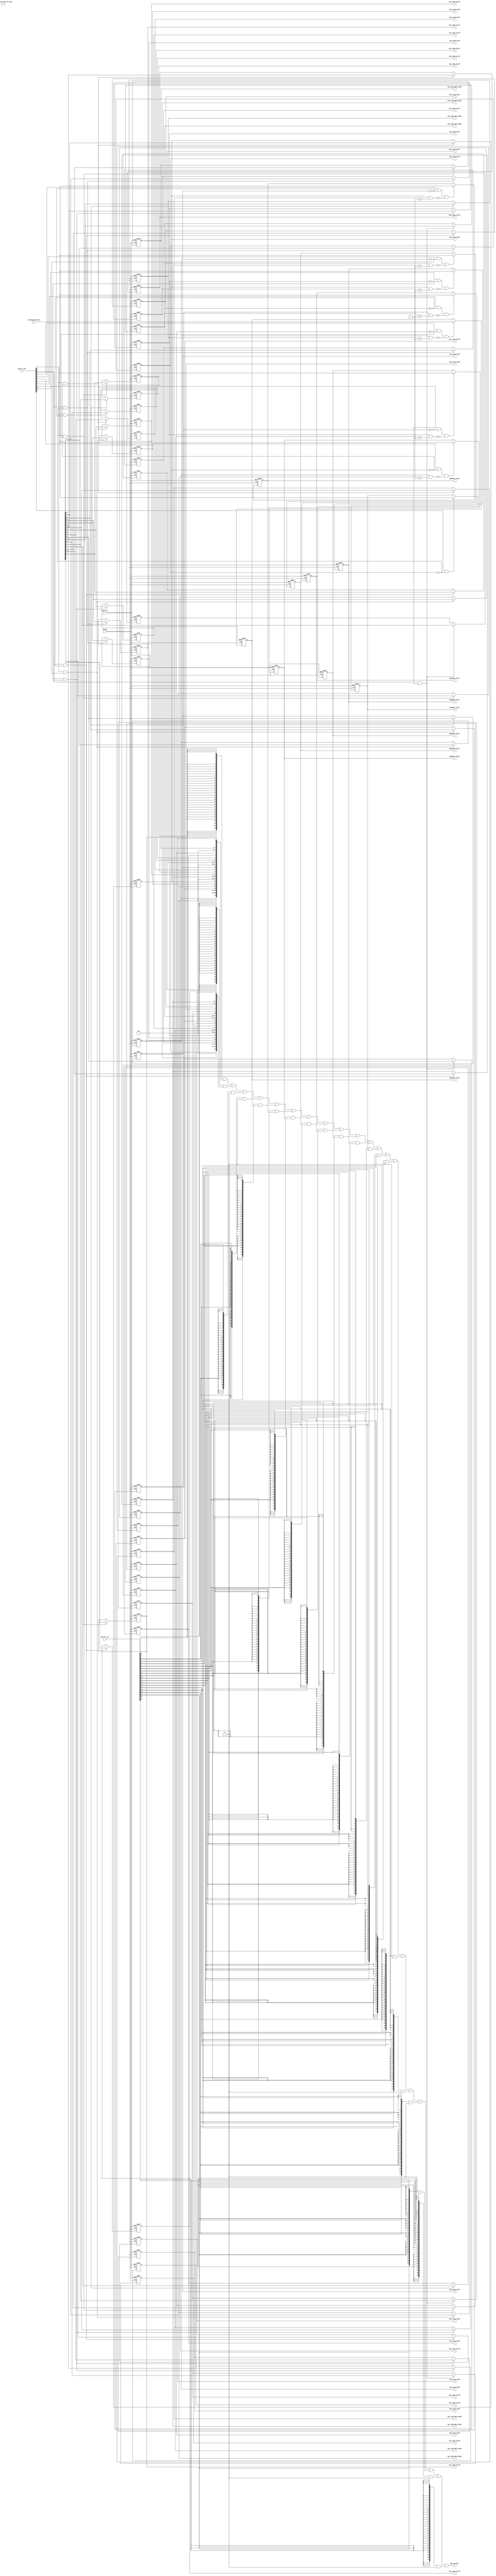
/*Copyright 2018-2021 T-Head Semiconductor Co., Ltd.

Licensed under the Apache License, Version 2.0 (the "License");
you may not use this file except in compliance with the License.
You may obtain a copy of the License at

    http://www.apache.org/licenses/LICENSE-2.0

Unless required by applicable law or agreed to in writing, software
distributed under the License is distributed on an "AS IS" BASIS,
WITHOUT WARRANTIES OR CONDITIONS OF ANY KIND, either express or implied.
See the License for the specific language governing permissions and
limitations under the License.
*/
module cr_pmp_regs(
  cp0_pmp_updt_data,
  cp0_yy_secu_mode_aft_dbg,
  cpuclk,
  cpurst_b,
  pmp_cp0_data,
  pmp_csr_sel,
  pmp_csr_wen,
  pmpaddr0_value,
  pmpaddr1_value,
  pmpaddr2_value,
  pmpaddr3_value,
  pmpaddr4_value,
  pmpaddr5_value,
  pmpaddr6_value,
  pmpaddr7_value,
  regs_comp_addr_mode0,
  regs_comp_addr_mode1,
  regs_comp_addr_mode2,
  regs_comp_addr_mode3,
  regs_comp_addr_mode4,
  regs_comp_addr_mode5,
  regs_comp_addr_mode6,
  regs_comp_addr_mode7,
  regs_comp_excut0,
  regs_comp_excut1,
  regs_comp_excut2,
  regs_comp_excut3,
  regs_comp_excut4,
  regs_comp_excut5,
  regs_comp_excut6,
  regs_comp_excut7,
  regs_comp_lock0,
  regs_comp_lock1,
  regs_comp_lock2,
  regs_comp_lock3,
  regs_comp_lock4,
  regs_comp_lock5,
  regs_comp_lock6,
  regs_comp_lock7,
  regs_comp_read0,
  regs_comp_read1,
  regs_comp_read2,
  regs_comp_read3,
  regs_comp_read4,
  regs_comp_read5,
  regs_comp_read6,
  regs_comp_read7,
  regs_comp_write0,
  regs_comp_write1,
  regs_comp_write2,
  regs_comp_write3,
  regs_comp_write4,
  regs_comp_write5,
  regs_comp_write6,
  regs_comp_write7
);

// &Ports; @24
input   [31:0]  cp0_pmp_updt_data;       
input           cp0_yy_secu_mode_aft_dbg; 
input           cpuclk;                  
input           cpurst_b;                
input   [19:0]  pmp_csr_sel;             
input   [19:0]  pmp_csr_wen;             
output  [31:0]  pmp_cp0_data;            
output  [31:0]  pmpaddr0_value;          
output  [31:0]  pmpaddr1_value;          
output  [31:0]  pmpaddr2_value;          
output  [31:0]  pmpaddr3_value;          
output  [31:0]  pmpaddr4_value;          
output  [31:0]  pmpaddr5_value;          
output  [31:0]  pmpaddr6_value;          
output  [31:0]  pmpaddr7_value;          
output  [1 :0]  regs_comp_addr_mode0;    
output  [1 :0]  regs_comp_addr_mode1;    
output  [1 :0]  regs_comp_addr_mode2;    
output  [1 :0]  regs_comp_addr_mode3;    
output  [1 :0]  regs_comp_addr_mode4;    
output  [1 :0]  regs_comp_addr_mode5;    
output  [1 :0]  regs_comp_addr_mode6;    
output  [1 :0]  regs_comp_addr_mode7;    
output          regs_comp_excut0;        
output          regs_comp_excut1;        
output          regs_comp_excut2;        
output          regs_comp_excut3;        
output          regs_comp_excut4;        
output          regs_comp_excut5;        
output          regs_comp_excut6;        
output          regs_comp_excut7;        
output          regs_comp_lock0;         
output          regs_comp_lock1;         
output          regs_comp_lock2;         
output          regs_comp_lock3;         
output          regs_comp_lock4;         
output          regs_comp_lock5;         
output          regs_comp_lock6;         
output          regs_comp_lock7;         
output          regs_comp_read0;         
output          regs_comp_read1;         
output          regs_comp_read2;         
output          regs_comp_read3;         
output          regs_comp_read4;         
output          regs_comp_read5;         
output          regs_comp_read6;         
output          regs_comp_read7;         
output          regs_comp_write0;        
output          regs_comp_write1;        
output          regs_comp_write2;        
output          regs_comp_write3;        
output          regs_comp_write4;        
output          regs_comp_write5;        
output          regs_comp_write6;        
output          regs_comp_write7;        

// &Regs; @25
reg     [1 :0]  pmp0cfg_addr_mode;       
reg             pmp0cfg_executeable;     
reg             pmp0cfg_lock;            
reg             pmp0cfg_readable;        
reg             pmp0cfg_writable;        
reg     [1 :0]  pmp1cfg_addr_mode;       
reg             pmp1cfg_executeable;     
reg             pmp1cfg_lock;            
reg             pmp1cfg_readable;        
reg             pmp1cfg_writable;        
reg     [1 :0]  pmp2cfg_addr_mode;       
reg             pmp2cfg_executeable;     
reg             pmp2cfg_lock;            
reg             pmp2cfg_readable;        
reg             pmp2cfg_writable;        
reg     [1 :0]  pmp3cfg_addr_mode;       
reg             pmp3cfg_executeable;     
reg             pmp3cfg_lock;            
reg             pmp3cfg_readable;        
reg             pmp3cfg_writable;        
reg     [1 :0]  pmp4cfg_addr_mode;       
reg             pmp4cfg_executeable;     
reg             pmp4cfg_lock;            
reg             pmp4cfg_readable;        
reg             pmp4cfg_writable;        
reg     [1 :0]  pmp5cfg_addr_mode;       
reg             pmp5cfg_executeable;     
reg             pmp5cfg_lock;            
reg             pmp5cfg_readable;        
reg             pmp5cfg_writable;        
reg     [1 :0]  pmp6cfg_addr_mode;       
reg             pmp6cfg_executeable;     
reg             pmp6cfg_lock;            
reg             pmp6cfg_readable;        
reg             pmp6cfg_writable;        
reg     [1 :0]  pmp7cfg_addr_mode;       
reg             pmp7cfg_executeable;     
reg             pmp7cfg_lock;            
reg             pmp7cfg_readable;        
reg             pmp7cfg_writable;        
reg     [31:0]  pmpaddr0_value;          
reg     [31:0]  pmpaddr1_value;          
reg     [31:0]  pmpaddr2_value;          
reg     [31:0]  pmpaddr3_value;          
reg     [31:0]  pmpaddr4_value;          
reg     [31:0]  pmpaddr5_value;          
reg     [31:0]  pmpaddr6_value;          
reg     [31:0]  pmpaddr7_value;          

// &Wires; @26
wire    [31:0]  cp0_pmp_updt_data;       
wire            cp0_yy_secu_mode_aft_dbg; 
wire            cpuclk;                  
wire            cpurst_b;                
wire    [31:0]  pmp_cp0_data;            
wire    [19:0]  pmp_csr_sel;             
wire    [19:0]  pmp_csr_wen;             
wire            pmp_updt_pmp0cfg;        
wire            pmp_updt_pmp1cfg;        
wire            pmp_updt_pmp2cfg;        
wire            pmp_updt_pmp3cfg;        
wire            pmp_updt_pmp4cfg;        
wire            pmp_updt_pmp5cfg;        
wire            pmp_updt_pmp6cfg;        
wire            pmp_updt_pmp7cfg;        
wire            pmp_updt_pmpaddr0;       
wire            pmp_updt_pmpaddr1;       
wire            pmp_updt_pmpaddr2;       
wire            pmp_updt_pmpaddr3;       
wire            pmp_updt_pmpaddr4;       
wire            pmp_updt_pmpaddr5;       
wire            pmp_updt_pmpaddr6;       
wire            pmp_updt_pmpaddr7;       
wire    [31:0]  pmpaddr10_value;         
wire    [31:0]  pmpaddr11_value;         
wire    [31:0]  pmpaddr12_value;         
wire    [31:0]  pmpaddr13_value;         
wire    [31:0]  pmpaddr14_value;         
wire    [31:0]  pmpaddr15_value;         
wire    [31:0]  pmpaddr8_value;          
wire    [31:0]  pmpaddr9_value;          
wire    [31:0]  pmpcfg0_value;           
wire    [31:0]  pmpcfg1_value;           
wire    [31:0]  pmpcfg2_value;           
wire    [31:0]  pmpcfg3_value;           
wire            pmpteecfg_s0;            
wire            pmpteecfg_s1;            
wire            pmpteecfg_s2;            
wire            pmpteecfg_s3;            
wire            pmpteecfg_s4;            
wire            pmpteecfg_s5;            
wire            pmpteecfg_s6;            
wire            pmpteecfg_s7;            
wire    [1 :0]  regs_comp_addr_mode0;    
wire    [1 :0]  regs_comp_addr_mode1;    
wire    [1 :0]  regs_comp_addr_mode2;    
wire    [1 :0]  regs_comp_addr_mode3;    
wire    [1 :0]  regs_comp_addr_mode4;    
wire    [1 :0]  regs_comp_addr_mode5;    
wire    [1 :0]  regs_comp_addr_mode6;    
wire    [1 :0]  regs_comp_addr_mode7;    
wire            regs_comp_excut0;        
wire            regs_comp_excut1;        
wire            regs_comp_excut2;        
wire            regs_comp_excut3;        
wire            regs_comp_excut4;        
wire            regs_comp_excut5;        
wire            regs_comp_excut6;        
wire            regs_comp_excut7;        
wire            regs_comp_lock0;         
wire            regs_comp_lock1;         
wire            regs_comp_lock2;         
wire            regs_comp_lock3;         
wire            regs_comp_lock4;         
wire            regs_comp_lock5;         
wire            regs_comp_lock6;         
wire            regs_comp_lock7;         
wire            regs_comp_read0;         
wire            regs_comp_read1;         
wire            regs_comp_read2;         
wire            regs_comp_read3;         
wire            regs_comp_read4;         
wire            regs_comp_read5;         
wire            regs_comp_read6;         
wire            regs_comp_read7;         
wire            regs_comp_write0;        
wire            regs_comp_write1;        
wire            regs_comp_write2;        
wire            regs_comp_write3;        
wire            regs_comp_write4;        
wire            regs_comp_write5;        
wire            regs_comp_write6;        
wire            regs_comp_write7;        


// &Force("bus","pmp_csr_wen",20,0); @29
// &Force("bus","pmp_csr_wen",19,0); @31

assign regs_comp_read0           = pmp0cfg_readable;
assign regs_comp_write0          = pmp0cfg_writable;
assign regs_comp_excut0          = pmp0cfg_executeable;
assign regs_comp_addr_mode0[1:0] = pmp0cfg_addr_mode[1:0];
assign regs_comp_lock0           = pmp0cfg_lock;

assign regs_comp_read1           = pmp1cfg_readable;
assign regs_comp_write1          = pmp1cfg_writable;
assign regs_comp_excut1          = pmp1cfg_executeable;
assign regs_comp_addr_mode1[1:0] = pmp1cfg_addr_mode[1:0];
assign regs_comp_lock1           = pmp1cfg_lock;

assign regs_comp_read2           = pmp2cfg_readable;
assign regs_comp_write2          = pmp2cfg_writable;
assign regs_comp_excut2          = pmp2cfg_executeable;
assign regs_comp_addr_mode2[1:0] = pmp2cfg_addr_mode[1:0];
assign regs_comp_lock2           = pmp2cfg_lock;

assign regs_comp_read3           = pmp3cfg_readable;
assign regs_comp_write3          = pmp3cfg_writable;
assign regs_comp_excut3          = pmp3cfg_executeable;
assign regs_comp_addr_mode3[1:0] = pmp3cfg_addr_mode[1:0];
assign regs_comp_lock3           = pmp3cfg_lock;

assign regs_comp_read4           = pmp4cfg_readable;
assign regs_comp_write4          = pmp4cfg_writable;
assign regs_comp_excut4          = pmp4cfg_executeable;
assign regs_comp_addr_mode4[1:0] = pmp4cfg_addr_mode[1:0];
assign regs_comp_lock4           = pmp4cfg_lock;

assign regs_comp_read5           = pmp5cfg_readable;
assign regs_comp_write5          = pmp5cfg_writable;
assign regs_comp_excut5          = pmp5cfg_executeable;
assign regs_comp_addr_mode5[1:0] = pmp5cfg_addr_mode[1:0];
assign regs_comp_lock5           = pmp5cfg_lock;

assign regs_comp_read6           = pmp6cfg_readable;
assign regs_comp_write6          = pmp6cfg_writable;
assign regs_comp_excut6          = pmp6cfg_executeable;
assign regs_comp_addr_mode6[1:0] = pmp6cfg_addr_mode[1:0];
assign regs_comp_lock6           = pmp6cfg_lock;

assign regs_comp_read7           = pmp7cfg_readable;
assign regs_comp_write7          = pmp7cfg_writable;
assign regs_comp_excut7          = pmp7cfg_executeable;
assign regs_comp_addr_mode7[1:0] = pmp7cfg_addr_mode[1:0];
assign regs_comp_lock7           = pmp7cfg_lock;









//==========================================================
//                PMP Entry Configuration Register
//==========================================================
//------------------------------------------------
//pmpcfg0 register
//------------------------------------------------
assign pmp_updt_pmp0cfg = pmp_csr_wen[0] && !pmp0cfg_lock;
always @(posedge cpuclk or negedge cpurst_b)
begin
  if(!cpurst_b)
  begin
    pmp0cfg_readable       <= 1'b0;
    pmp0cfg_writable       <= 1'b0;
    pmp0cfg_executeable    <= 1'b0;
    pmp0cfg_addr_mode[1:0] <= 2'b0;
    pmp0cfg_lock           <= 1'b0;
  end
  else if(pmp_updt_pmp0cfg && (!pmpteecfg_s0 || cp0_yy_secu_mode_aft_dbg))
  begin
    pmp0cfg_readable        <= cp0_pmp_updt_data[0];
    pmp0cfg_writable        <= cp0_pmp_updt_data[1];
    pmp0cfg_executeable     <= cp0_pmp_updt_data[2];
    pmp0cfg_addr_mode[1:0]  <= cp0_pmp_updt_data[4:3];
    pmp0cfg_lock            <= cp0_pmp_updt_data[7];
  end
  else
  begin
    pmp0cfg_readable       <= pmp0cfg_readable;     
    pmp0cfg_writable       <= pmp0cfg_writable;     
    pmp0cfg_executeable    <= pmp0cfg_executeable;     
    pmp0cfg_addr_mode[1:0] <= pmp0cfg_addr_mode[1:0];
    pmp0cfg_lock           <= pmp0cfg_lock;     
  end
end

assign pmp_updt_pmp1cfg = pmp_csr_wen[0] && !pmp1cfg_lock;
always @(posedge cpuclk or negedge cpurst_b)
begin
  if(!cpurst_b)
  begin
    pmp1cfg_readable       <= 1'b0;
    pmp1cfg_writable       <= 1'b0;
    pmp1cfg_executeable    <= 1'b0;
    pmp1cfg_addr_mode[1:0] <= 2'b0;
    pmp1cfg_lock           <= 1'b0;
  end
  else if(pmp_updt_pmp1cfg && (!pmpteecfg_s1 || cp0_yy_secu_mode_aft_dbg))
  begin
    pmp1cfg_readable       <= cp0_pmp_updt_data[8];
    pmp1cfg_writable       <= cp0_pmp_updt_data[9];
    pmp1cfg_executeable    <= cp0_pmp_updt_data[10];
    pmp1cfg_addr_mode[1:0] <= cp0_pmp_updt_data[12:11];
    pmp1cfg_lock           <= cp0_pmp_updt_data[15];
  end
  else
  begin
    pmp1cfg_readable       <= pmp1cfg_readable;     
    pmp1cfg_writable       <= pmp1cfg_writable;     
    pmp1cfg_executeable    <= pmp1cfg_executeable;     
    pmp1cfg_addr_mode[1:0] <= pmp1cfg_addr_mode[1:0];
    pmp1cfg_lock           <= pmp1cfg_lock;     
  end
end

assign pmp_updt_pmp2cfg = pmp_csr_wen[0] && !pmp2cfg_lock;
always @(posedge cpuclk or negedge cpurst_b)
begin
  if(!cpurst_b)
  begin
    pmp2cfg_readable       <= 1'b0;
    pmp2cfg_writable       <= 1'b0;
    pmp2cfg_executeable    <= 1'b0;
    pmp2cfg_addr_mode[1:0] <= 2'b0;
    pmp2cfg_lock           <= 1'b0;
  end
  else if(pmp_updt_pmp2cfg && (!pmpteecfg_s2 || cp0_yy_secu_mode_aft_dbg))
  begin
    pmp2cfg_readable       <= cp0_pmp_updt_data[16];
    pmp2cfg_writable       <= cp0_pmp_updt_data[17];
    pmp2cfg_executeable    <= cp0_pmp_updt_data[18];
    pmp2cfg_addr_mode[1:0] <= cp0_pmp_updt_data[20:19];
    pmp2cfg_lock           <= cp0_pmp_updt_data[23];
  end
  else
  begin
    pmp2cfg_readable       <= pmp2cfg_readable;     
    pmp2cfg_writable       <= pmp2cfg_writable;     
    pmp2cfg_executeable    <= pmp2cfg_executeable;     
    pmp2cfg_addr_mode[1:0] <= pmp2cfg_addr_mode[1:0];
    pmp2cfg_lock           <= pmp2cfg_lock;     
  end
end

assign pmp_updt_pmp3cfg = pmp_csr_wen[0] && !pmp3cfg_lock;
always @(posedge cpuclk or negedge cpurst_b)
begin
  if(!cpurst_b)
  begin
    pmp3cfg_readable       <= 1'b0;
    pmp3cfg_writable       <= 1'b0;
    pmp3cfg_executeable    <= 1'b0;
    pmp3cfg_addr_mode[1:0] <= 2'b0;
    pmp3cfg_lock           <= 1'b0;
  end
  else if(pmp_updt_pmp3cfg && (!pmpteecfg_s3 || cp0_yy_secu_mode_aft_dbg))
  begin
    pmp3cfg_readable       <= cp0_pmp_updt_data[24];
    pmp3cfg_writable       <= cp0_pmp_updt_data[25];
    pmp3cfg_executeable    <= cp0_pmp_updt_data[26];
    pmp3cfg_addr_mode[1:0] <= cp0_pmp_updt_data[28:27];
    pmp3cfg_lock           <= cp0_pmp_updt_data[31];
  end
  else
  begin
    pmp3cfg_readable       <= pmp3cfg_readable;     
    pmp3cfg_writable       <= pmp3cfg_writable;     
    pmp3cfg_executeable    <= pmp3cfg_executeable;     
    pmp3cfg_addr_mode[1:0] <= pmp3cfg_addr_mode[1:0];
    pmp3cfg_lock           <= pmp3cfg_lock;     
  end
end

//------------------------------------------------
//pmpcfg1 register
//------------------------------------------------
assign pmp_updt_pmp4cfg = pmp_csr_wen[1] && !pmp4cfg_lock;
always @(posedge cpuclk or negedge cpurst_b)
begin
  if(!cpurst_b)
  begin
    pmp4cfg_readable       <= 1'b0;
    pmp4cfg_writable       <= 1'b0;
    pmp4cfg_executeable    <= 1'b0;
    pmp4cfg_addr_mode[1:0] <= 2'b0;
    pmp4cfg_lock           <= 1'b0;
  end
  else if(pmp_updt_pmp4cfg && (!pmpteecfg_s4 || cp0_yy_secu_mode_aft_dbg))
  begin
    pmp4cfg_readable        <= cp0_pmp_updt_data[0];
    pmp4cfg_writable        <= cp0_pmp_updt_data[1];
    pmp4cfg_executeable     <= cp0_pmp_updt_data[2];
    pmp4cfg_addr_mode[1:0]  <= cp0_pmp_updt_data[4:3];
    pmp4cfg_lock            <= cp0_pmp_updt_data[7];
  end
  else
  begin
    pmp4cfg_readable       <= pmp4cfg_readable;     
    pmp4cfg_writable       <= pmp4cfg_writable;     
    pmp4cfg_executeable    <= pmp4cfg_executeable;     
    pmp4cfg_addr_mode[1:0] <= pmp4cfg_addr_mode[1:0];
    pmp4cfg_lock           <= pmp4cfg_lock;     
  end
end

assign pmp_updt_pmp5cfg = pmp_csr_wen[1] && !pmp5cfg_lock;
always @(posedge cpuclk or negedge cpurst_b)
begin
  if(!cpurst_b)
  begin
    pmp5cfg_readable       <= 1'b0;
    pmp5cfg_writable       <= 1'b0;
    pmp5cfg_executeable    <= 1'b0;
    pmp5cfg_addr_mode[1:0] <= 2'b0;
    pmp5cfg_lock           <= 1'b0;
  end
  else if(pmp_updt_pmp5cfg && (!pmpteecfg_s5 || cp0_yy_secu_mode_aft_dbg))
  begin
    pmp5cfg_readable       <= cp0_pmp_updt_data[8];
    pmp5cfg_writable       <= cp0_pmp_updt_data[9];
    pmp5cfg_executeable    <= cp0_pmp_updt_data[10];
    pmp5cfg_addr_mode[1:0] <= cp0_pmp_updt_data[12:11];
    pmp5cfg_lock           <= cp0_pmp_updt_data[15];
  end
  else
  begin
    pmp5cfg_readable       <= pmp5cfg_readable;     
    pmp5cfg_writable       <= pmp5cfg_writable;     
    pmp5cfg_executeable    <= pmp5cfg_executeable;     
    pmp5cfg_addr_mode[1:0] <= pmp5cfg_addr_mode[1:0];
    pmp5cfg_lock           <= pmp5cfg_lock;     
  end
end

assign pmp_updt_pmp6cfg = pmp_csr_wen[1] && !pmp6cfg_lock;
always @(posedge cpuclk or negedge cpurst_b)
begin
  if(!cpurst_b)
  begin
    pmp6cfg_readable       <= 1'b0;
    pmp6cfg_writable       <= 1'b0;
    pmp6cfg_executeable    <= 1'b0;
    pmp6cfg_addr_mode[1:0] <= 2'b0;
    pmp6cfg_lock           <= 1'b0;
  end
  else if(pmp_updt_pmp6cfg && (!pmpteecfg_s6 || cp0_yy_secu_mode_aft_dbg))
  begin
    pmp6cfg_readable       <= cp0_pmp_updt_data[16];
    pmp6cfg_writable       <= cp0_pmp_updt_data[17];
    pmp6cfg_executeable    <= cp0_pmp_updt_data[18];
    pmp6cfg_addr_mode[1:0] <= cp0_pmp_updt_data[20:19];
    pmp6cfg_lock           <= cp0_pmp_updt_data[23];
  end
  else
  begin
    pmp6cfg_readable       <= pmp6cfg_readable;     
    pmp6cfg_writable       <= pmp6cfg_writable;     
    pmp6cfg_executeable    <= pmp6cfg_executeable;     
    pmp6cfg_addr_mode[1:0] <= pmp6cfg_addr_mode[1:0];
    pmp6cfg_lock           <= pmp6cfg_lock;     
  end
end

assign pmp_updt_pmp7cfg = pmp_csr_wen[1] && !pmp7cfg_lock;
always @(posedge cpuclk or negedge cpurst_b)
begin
  if(!cpurst_b)
  begin
    pmp7cfg_readable       <= 1'b0;
    pmp7cfg_writable       <= 1'b0;
    pmp7cfg_executeable    <= 1'b0;
    pmp7cfg_addr_mode[1:0] <= 2'b0;
    pmp7cfg_lock           <= 1'b0;
  end
  else if(pmp_updt_pmp7cfg && (!pmpteecfg_s7 || cp0_yy_secu_mode_aft_dbg))
  begin
    pmp7cfg_readable       <= cp0_pmp_updt_data[24];
    pmp7cfg_writable       <= cp0_pmp_updt_data[25];
    pmp7cfg_executeable    <= cp0_pmp_updt_data[26];
    pmp7cfg_addr_mode[1:0] <= cp0_pmp_updt_data[28:27];
    pmp7cfg_lock           <= cp0_pmp_updt_data[31];
  end
  else
  begin
    pmp7cfg_readable       <= pmp7cfg_readable;     
    pmp7cfg_writable       <= pmp7cfg_writable;     
    pmp7cfg_executeable    <= pmp7cfg_executeable;     
    pmp7cfg_addr_mode[1:0] <= pmp7cfg_addr_mode[1:0];
    pmp7cfg_lock           <= pmp7cfg_lock;     
  end
end

//------------------------------------------------
//pmpcfg2 register
//------------------------------------------------




//------------------------------------------------
//pmpcfg3 register
//------------------------------------------------






assign pmpcfg0_value[31:0] = {pmp3cfg_lock,2'b0,pmp3cfg_addr_mode[1:0],pmp3cfg_executeable,pmp3cfg_writable,pmp3cfg_readable,
                              pmp2cfg_lock,2'b0,pmp2cfg_addr_mode[1:0],pmp2cfg_executeable,pmp2cfg_writable,pmp2cfg_readable,
                              pmp1cfg_lock,2'b0,pmp1cfg_addr_mode[1:0],pmp1cfg_executeable,pmp1cfg_writable,pmp1cfg_readable,
                              pmp0cfg_lock,2'b0,pmp0cfg_addr_mode[1:0],pmp0cfg_executeable,pmp0cfg_writable,pmp0cfg_readable};
assign pmpcfg1_value[31:0] = {pmp7cfg_lock,2'b0,pmp7cfg_addr_mode[1:0],pmp7cfg_executeable,pmp7cfg_writable,pmp7cfg_readable,
                              pmp6cfg_lock,2'b0,pmp6cfg_addr_mode[1:0],pmp6cfg_executeable,pmp6cfg_writable,pmp6cfg_readable,
                              pmp5cfg_lock,2'b0,pmp5cfg_addr_mode[1:0],pmp5cfg_executeable,pmp5cfg_writable,pmp5cfg_readable,
                              pmp4cfg_lock,2'b0,pmp4cfg_addr_mode[1:0],pmp4cfg_executeable,pmp4cfg_writable,pmp4cfg_readable};
assign pmpcfg2_value[31:0] = 32'b0;
assign pmpcfg3_value[31:0] = 32'b0;




//==========================================================
//                PMP Entry Address Register
//==========================================================
//------------------------------------------------
//pmpaddr0 register
//------------------------------------------------
assign pmp_updt_pmpaddr0 = pmp_csr_wen[4] && !pmpcfg0_value[7] && !(pmpcfg0_value[15] && (pmpcfg0_value[12:11] == 2'b01)) ;
always @(posedge cpuclk or negedge cpurst_b)
begin
  if(!cpurst_b)
    pmpaddr0_value[31:0] <= 32'b0;
  else if(pmp_updt_pmpaddr0 && (!pmpteecfg_s0 || cp0_yy_secu_mode_aft_dbg))
    pmpaddr0_value[31:0] <= cp0_pmp_updt_data[31:0];
  else
    pmpaddr0_value[31:0] <= pmpaddr0_value[31:0];
end
// &Force("output","pmpaddr0_value"); @790

assign pmp_updt_pmpaddr1 = pmp_csr_wen[5] && !pmpcfg0_value[15] && !(pmpcfg0_value[23] && (pmpcfg0_value[20:19] == 2'b01));
always @(posedge cpuclk or negedge cpurst_b)
begin
  if(!cpurst_b)
    pmpaddr1_value[31:0] <= 32'b0;
  else if(pmp_updt_pmpaddr1 && (!pmpteecfg_s1 || cp0_yy_secu_mode_aft_dbg))
    pmpaddr1_value[31:0] <= cp0_pmp_updt_data[31:0];
  else
    pmpaddr1_value[31:0] <= pmpaddr1_value[31:0];
end
// &Force("output","pmpaddr1_value"); @806

assign pmp_updt_pmpaddr2 = pmp_csr_wen[6] && !pmpcfg0_value[23] && !(pmpcfg0_value[31] && (pmpcfg0_value[28:27] == 2'b01));
always @(posedge cpuclk or negedge cpurst_b)
begin
  if(!cpurst_b)
    pmpaddr2_value[31:0] <= 32'b0;
  else if(pmp_updt_pmpaddr2 && (!pmpteecfg_s2 || cp0_yy_secu_mode_aft_dbg))
    pmpaddr2_value[31:0] <= cp0_pmp_updt_data[31:0];
  else
    pmpaddr2_value[31:0] <= pmpaddr2_value[31:0];
end
// &Force("output","pmpaddr2_value"); @822

assign pmp_updt_pmpaddr3 = pmp_csr_wen[7] && !pmpcfg0_value[31] && !(pmpcfg1_value[7] && (pmpcfg1_value[4:3] == 2'b01));
always @(posedge cpuclk or negedge cpurst_b)
begin
  if(!cpurst_b)
    pmpaddr3_value[31:0] <= 32'b0;
  else if(pmp_updt_pmpaddr3 && (!pmpteecfg_s3 || cp0_yy_secu_mode_aft_dbg))
    pmpaddr3_value[31:0] <= cp0_pmp_updt_data[31:0];
  else
    pmpaddr3_value[31:0] <= pmpaddr3_value[31:0];
end
// &Force("output","pmpaddr3_value"); @838

assign pmp_updt_pmpaddr4 = pmp_csr_wen[8] && !pmpcfg1_value[7] && !(pmpcfg1_value[15] && (pmpcfg1_value[12:11] == 2'b01));
always @(posedge cpuclk or negedge cpurst_b)
begin
  if(!cpurst_b)
    pmpaddr4_value[31:0] <= 32'b0;
  else if(pmp_updt_pmpaddr4 && (!pmpteecfg_s4 || cp0_yy_secu_mode_aft_dbg))
    pmpaddr4_value[31:0] <= cp0_pmp_updt_data[31:0];
  else
    pmpaddr4_value[31:0] <= pmpaddr4_value[31:0];
end
// &Force("output","pmpaddr4_value"); @854

assign pmp_updt_pmpaddr5 = pmp_csr_wen[9] && !pmpcfg1_value[15] && !(pmpcfg1_value[23] && (pmpcfg1_value[20:19] == 2'b01));
always @(posedge cpuclk or negedge cpurst_b)
begin
  if(!cpurst_b)
    pmpaddr5_value[31:0] <= 32'b0;
  else if(pmp_updt_pmpaddr5 && (!pmpteecfg_s5 || cp0_yy_secu_mode_aft_dbg))
    pmpaddr5_value[31:0] <= cp0_pmp_updt_data[31:0];
  else
    pmpaddr5_value[31:0] <= pmpaddr5_value[31:0];
end
// &Force("output","pmpaddr5_value"); @870

assign pmp_updt_pmpaddr6 = pmp_csr_wen[10] && !pmpcfg1_value[23] && !(pmpcfg1_value[31] && (pmpcfg1_value[28:27] == 2'b01));
always @(posedge cpuclk or negedge cpurst_b)
begin
  if(!cpurst_b)
    pmpaddr6_value[31:0] <= 32'b0;
  else if(pmp_updt_pmpaddr6 && (!pmpteecfg_s6 || cp0_yy_secu_mode_aft_dbg))
    pmpaddr6_value[31:0] <= cp0_pmp_updt_data[31:0];
  else
    pmpaddr6_value[31:0] <= pmpaddr6_value[31:0];
end
// &Force("output","pmpaddr6_value"); @886

assign pmp_updt_pmpaddr7 = pmp_csr_wen[11] && !pmpcfg1_value[31] && !(pmpcfg2_value[7] && (pmpcfg2_value[4:3] == 2'b01));
always @(posedge cpuclk or negedge cpurst_b)
begin
  if(!cpurst_b)
    pmpaddr7_value[31:0] <= 32'b0;
  else if(pmp_updt_pmpaddr7 && (!pmpteecfg_s7 || cp0_yy_secu_mode_aft_dbg))
    pmpaddr7_value[31:0] <= cp0_pmp_updt_data[31:0];
  else
    pmpaddr7_value[31:0] <= pmpaddr7_value[31:0];
end
// &Force("output","pmpaddr7_value"); @902

// &Force("output","pmpaddr8_value"); @918
assign pmpaddr8_value[31:0] = 32'b0;

// &Force("output","pmpaddr9_value"); @934
assign pmpaddr9_value[31:0] = 32'b0;

// &Force("output","pmpaddr10_value"); @950
assign pmpaddr10_value[31:0] = 32'b0;

// &Force("output","pmpaddr11_value"); @966
assign pmpaddr11_value[31:0] = 32'b0;


// &Force("output","pmpaddr12_value"); @983
assign pmpaddr12_value[31:0] = 32'b0;

// &Force("output","pmpaddr13_value"); @999
assign pmpaddr13_value[31:0] = 32'b0;

// &Force("output","pmpaddr14_value"); @1015
assign pmpaddr14_value[31:0] = 32'b0;

// &Force("output","pmpaddr15_value"); @1031
assign pmpaddr15_value[31:0] = 32'b0;

//==========================================================
//          PMP Entry TEE Configuration Register
//==========================================================
//------------------------------------------------
//pmpteecfg[0] register
//------------------------------------------------
assign pmpteecfg_s0 = 1'b0;

//------------------------------------------------
//pmpteecfg[1] register
//------------------------------------------------
assign pmpteecfg_s1 = 1'b0;

//------------------------------------------------
//pmpteecfg[2] register
//------------------------------------------------
assign pmpteecfg_s2 = 1'b0;

//------------------------------------------------
//pmpteecfg[3] register
//------------------------------------------------
assign pmpteecfg_s3 = 1'b0;

//------------------------------------------------
//pmpteecfg[4] register
//------------------------------------------------
assign pmpteecfg_s4 = 1'b0;

//------------------------------------------------
//pmpteecfg[5] register
//------------------------------------------------
assign pmpteecfg_s5 = 1'b0;

//------------------------------------------------
//pmpteecfg[6] register
//------------------------------------------------
assign pmpteecfg_s6 = 1'b0;

//------------------------------------------------
//pmpteecfg[7] register
//------------------------------------------------
assign pmpteecfg_s7 = 1'b0;

//------------------------------------------------
//pmpteecfg[8] register
//------------------------------------------------

//------------------------------------------------
//pmpteecfg[9] register
//------------------------------------------------

//------------------------------------------------
//pmpteecfg[10] register
//------------------------------------------------

//------------------------------------------------
//pmpteecfg[11] register
//------------------------------------------------

//------------------------------------------------
//pmpteecfg[12] register
//------------------------------------------------

//------------------------------------------------
//pmpteecfg[13] register
//------------------------------------------------

//------------------------------------------------
//pmpteecfg[14] register
//------------------------------------------------

//------------------------------------------------
//pmpteecfg[15] register
//------------------------------------------------

// &Force("nonport","pmpteecfg_value"); @1428
assign pmp_cp0_data[31:0]  = {32{pmp_csr_sel[0]}} & pmpcfg0_value[31:0] 
                           | {32{pmp_csr_sel[1]}} & pmpcfg1_value[31:0]
                           | {32{pmp_csr_sel[2]}} & pmpcfg2_value[31:0]
                           | {32{pmp_csr_sel[3]}} & pmpcfg3_value[31:0]
                           | {32{pmp_csr_sel[4]}} & pmpaddr0_value[31:0]
                           | {32{pmp_csr_sel[5]}} & pmpaddr1_value[31:0]
                           | {32{pmp_csr_sel[6]}} & pmpaddr2_value[31:0]
                           | {32{pmp_csr_sel[7]}} & pmpaddr3_value[31:0]
                           | {32{pmp_csr_sel[8]}} & pmpaddr4_value[31:0]
                           | {32{pmp_csr_sel[9]}} & pmpaddr5_value[31:0]
                           | {32{pmp_csr_sel[10]}} & pmpaddr6_value[31:0]
                           | {32{pmp_csr_sel[11]}} & pmpaddr7_value[31:0]
                           | {32{pmp_csr_sel[12]}} & pmpaddr8_value[31:0]
                           | {32{pmp_csr_sel[13]}} & pmpaddr9_value[31:0]
                           | {32{pmp_csr_sel[14]}} & pmpaddr10_value[31:0]
                           | {32{pmp_csr_sel[15]}} & pmpaddr11_value[31:0]
                           | {32{pmp_csr_sel[16]}} & pmpaddr12_value[31:0]
                           | {32{pmp_csr_sel[17]}} & pmpaddr13_value[31:0]
                           | {32{pmp_csr_sel[18]}} & pmpaddr14_value[31:0]
                           | {32{pmp_csr_sel[19]}} & pmpaddr15_value[31:0];


// &ModuleEnd; @1549
endmodule